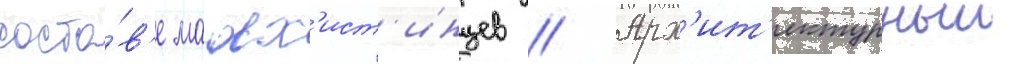
соста́в'е малх'ист'инцев // Арх'ит'ектурныи